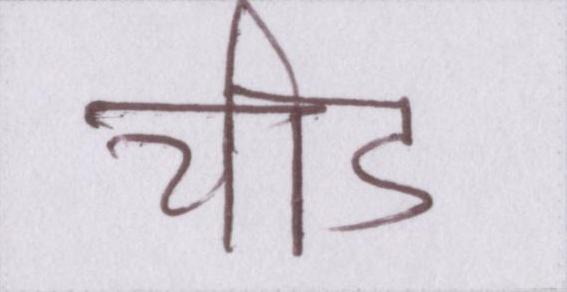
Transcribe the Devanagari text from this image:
चीड